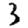
Digit: 3